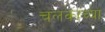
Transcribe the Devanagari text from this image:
चलकाच्या